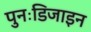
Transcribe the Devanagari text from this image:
पुनःडिजाइन